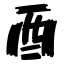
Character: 酉